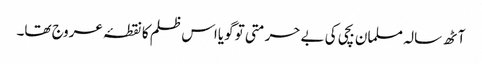
آٹھ سالہ مسلمان بچی کی بے حرمتی تو گویااس ظلم کا نقطۂ عروج تھا۔